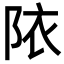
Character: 䧇